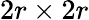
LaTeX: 2r\times 2r